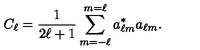
C _ { \ell } = { \frac { 1 } { 2 \ell + 1 } } \sum _ { m = - \ell } ^ { m = \ell } a _ { \ell m } ^ { * } a _ { \ell m } .